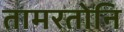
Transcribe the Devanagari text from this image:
तामरतोनि